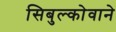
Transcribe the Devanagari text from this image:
सिबुल्कोवाने